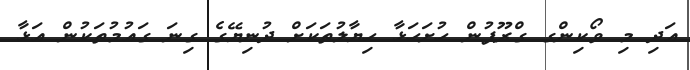
އަދި މި ވޯކިންގ ގްރޫޕުން ހުށަހަޅާ ހިޔާލުތަކަށް ދުނިޔޭގެ ގިނަ ގައުމުތަކުން އަޅާ